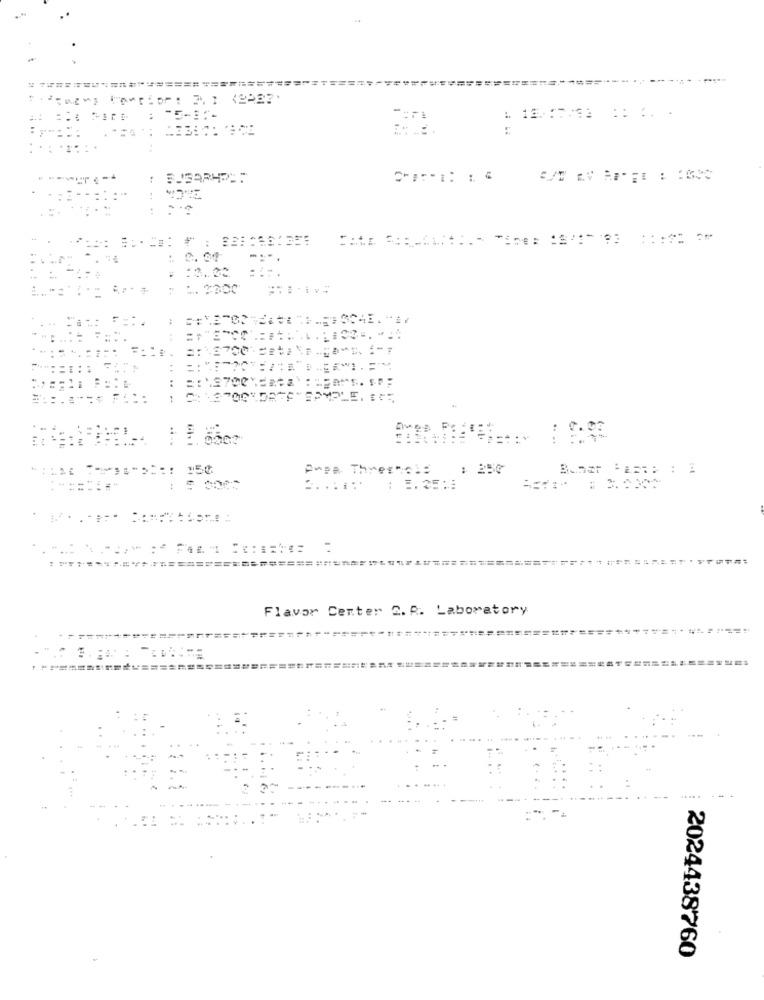
-
: 12.17:53 ::.. .
== :
14
: : 0.00
- -
== \2700
== \3700
TEPLE. $C:
Ago P:
PAPR Threshsis
: 25₡
......
: 1. 25 ::
6.4 Am
Flavor Center 2. A. Laboratory
2024438760